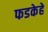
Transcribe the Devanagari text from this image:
फडकेहे